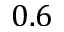
0 . 6